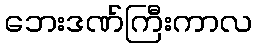
ဘေးဒဏ်ကြီးကာလ